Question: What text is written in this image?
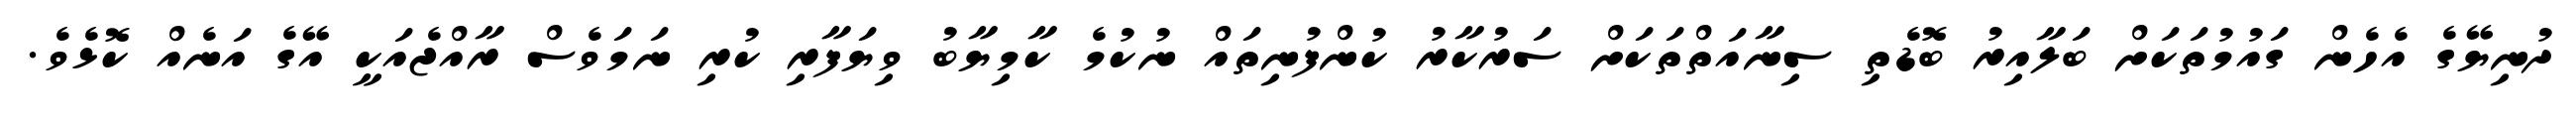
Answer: ދުނިޔޭގެ އެހެން ގައުމުތަކަށް ބަލާއިރު ބޮޑެތި ސިނާއަތްތަކަށް ސަރުކާރު ކުންފުނިތައް ނުކުމެ ކާމިޔާބު ވިޔަފާރި ކުރި ނަމަވެސް ރާއްޖެއަކީ އޭގެ އަނެއް ކޮޅެވެ.